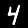
Label: 4